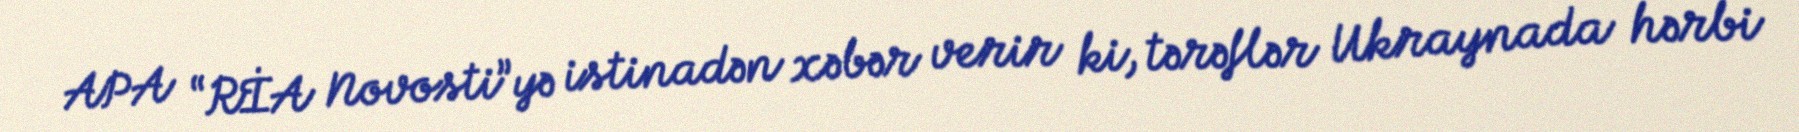
APA “RİA Novosti”yə istinadən xəbər verir ki, tərəflər Ukraynada hərbi